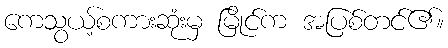
ကေသွယ့်စကားဆုံးမှ မြိုင်က အပြစ်တင်၏။